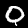
Digit: 0